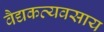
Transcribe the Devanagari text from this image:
वैद्यकव्यवसाय